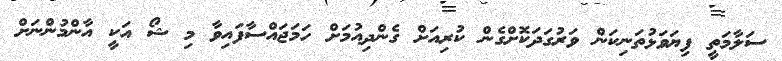
ސަލާމަތީ ފިޔަވަޅުތަނިކަން ވަރުގަދަކޮށްގެން ކުރިއަށް ގެންދިއުމަށް ހަމަޖައްސާފައިވާ މި ޝޯ އަކީ އާންމުންނަށް